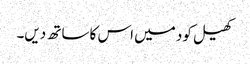
کھیل کود میں اس کا ساتھ دیں۔